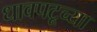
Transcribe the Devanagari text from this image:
धावपटूच्या